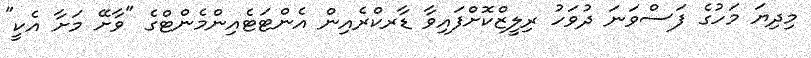
މިދިޔަ މަހުގެ ފަސްވަނަ ދުވަހު ރިލީޒްކޮށްފައިވާ ޑާރކްރެއިން އެންޓަޓެއިންމެންޓްގެ "ވާށޭ މަށާ އެކީ"